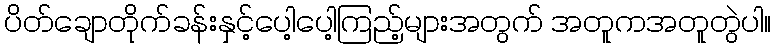
ပိတ်ချောတိုက်ခန်းနှင့်ပေါ့ပေါ့ကြည့်များအတွက် အတူကအတူတွဲပါ။